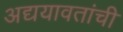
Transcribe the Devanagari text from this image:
अद्ययावतांची